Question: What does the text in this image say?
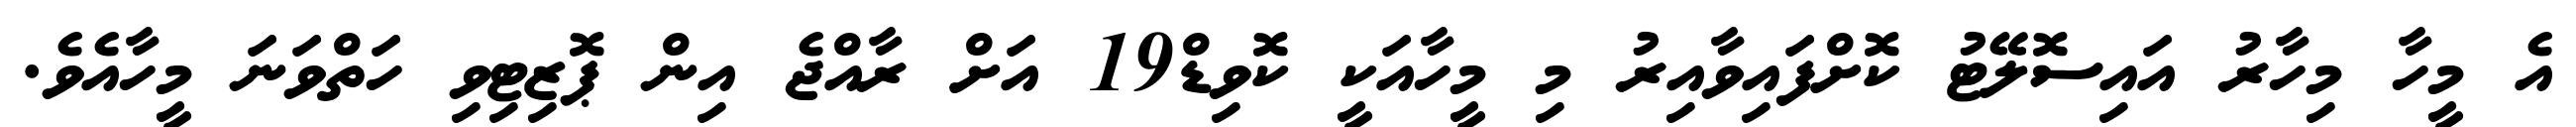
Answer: އެ މީހާ މިހާރު އައިސޮލޭޓު ކޮށްފައިވާއިރު މި މީހާއަކީ ކޮވިޑް19 އަށް ރާއްޖެ އިން ޕޮޒިޓިވި ހަތްވަނަ މީހާއެވެ.